Civil Veterinary Dept. North-West Frontier Province 1923-32 - 1923-1932
Year: 1923
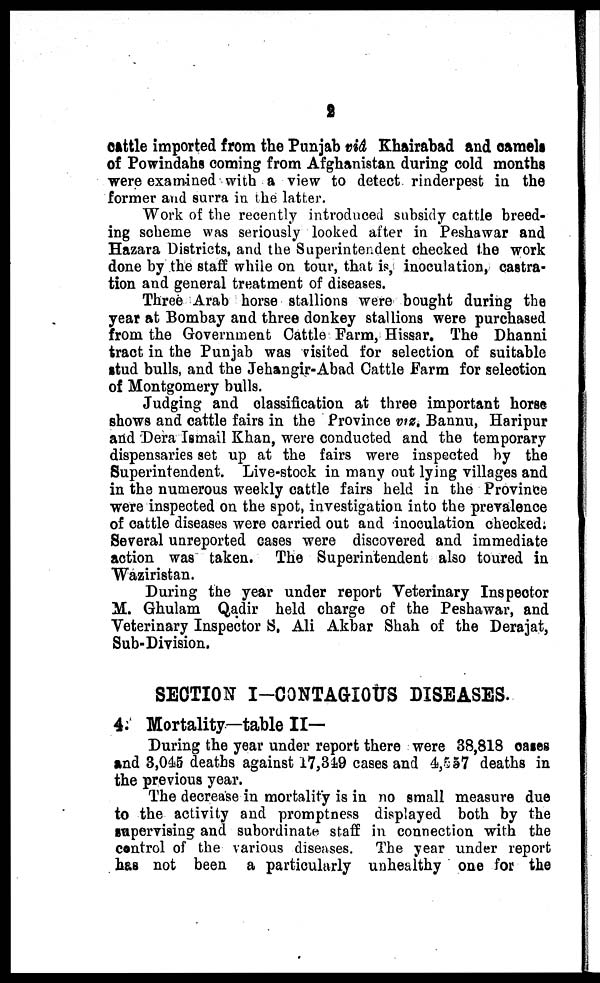
2
cattle imported from the Punjab viâ Khairabad and camels
of Powindahs coming from Afghanistan during cold months
were examined with a view to detect rinderpest in the
former and surra in the latter.
Work of the recently introduced subsidy cattle breed-
ing scheme was seriously looked after in Peshawar and
Hazara Districts, and the Superintendent checked the work
done by the staff while on tour, that is, inoculation, castra-
tion and general treatment of diseases.
Three Arab horse stallions were bought during the
year at Bombay and three donkey stallions were purchased
from the Government Cattle Farm, Hissar. The Dhanni
tract in the Punjab was visited for selection of suitable
stud bulls, and the Jehangir-Abad Cattle Farm for selection
of Montgomery bulls.
Judging and classification at three important horse
shows and cattle fairs in the Province viz. Bannu, Haripur
and Dera Ismail Khan, were conducted and the temporary
dispensaries set up at the fairs were inspected by the
Superintendent. Live-stock in many out lying villages and
in the numerous weekly cattle fairs held in the Province
were inspected on the spot, investigation into the prevalence
of cattle diseases were carried out and inoculation checked.
Several unreported cases were discovered and immediate
action was taken. The Superintendent also toured in
Waziristan.
During the year under report Veterinary Inspector
M. Ghulam Qadir held charge of the Peshawar, and
Veterinary Inspector S. Ali Akbar Shah of the Derajat,
Sub-Division.
SECTION I-CONTAGIOUS DISEASES.
4. Mortality—table II—
During the year under report there were 38,818 cases
and 3,045 deaths against 17,349 cases and 4,557 deaths in
the previous year.
The decrease in mortality is in no small measure due
to the activity and promptness displayed both by the
supervising and subordinate staff in connection with the
control of the various diseases. The year under report
has not been a particularly unhealthy one for the